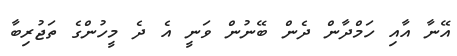
އޭނާ އާއި ހަމްދާން ދެން ބޭނުން ވަނީ އެ ދެ މީހުންގެ ތަޖުރިބާ